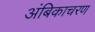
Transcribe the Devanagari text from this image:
अंबिकाचरण